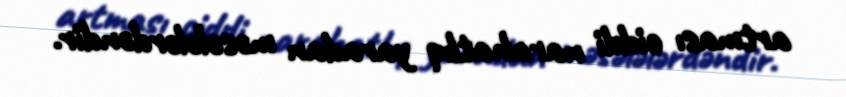
artması ciddi narahatlıq yaradan məsələlərdəndir.